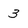
Character: 3